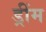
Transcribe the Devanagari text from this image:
ड्रींम